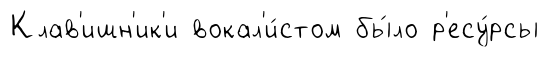
Клав'ишн'ик'и вокал'и́стом бы́ло р'есу́рсы